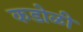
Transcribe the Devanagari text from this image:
कडोळी